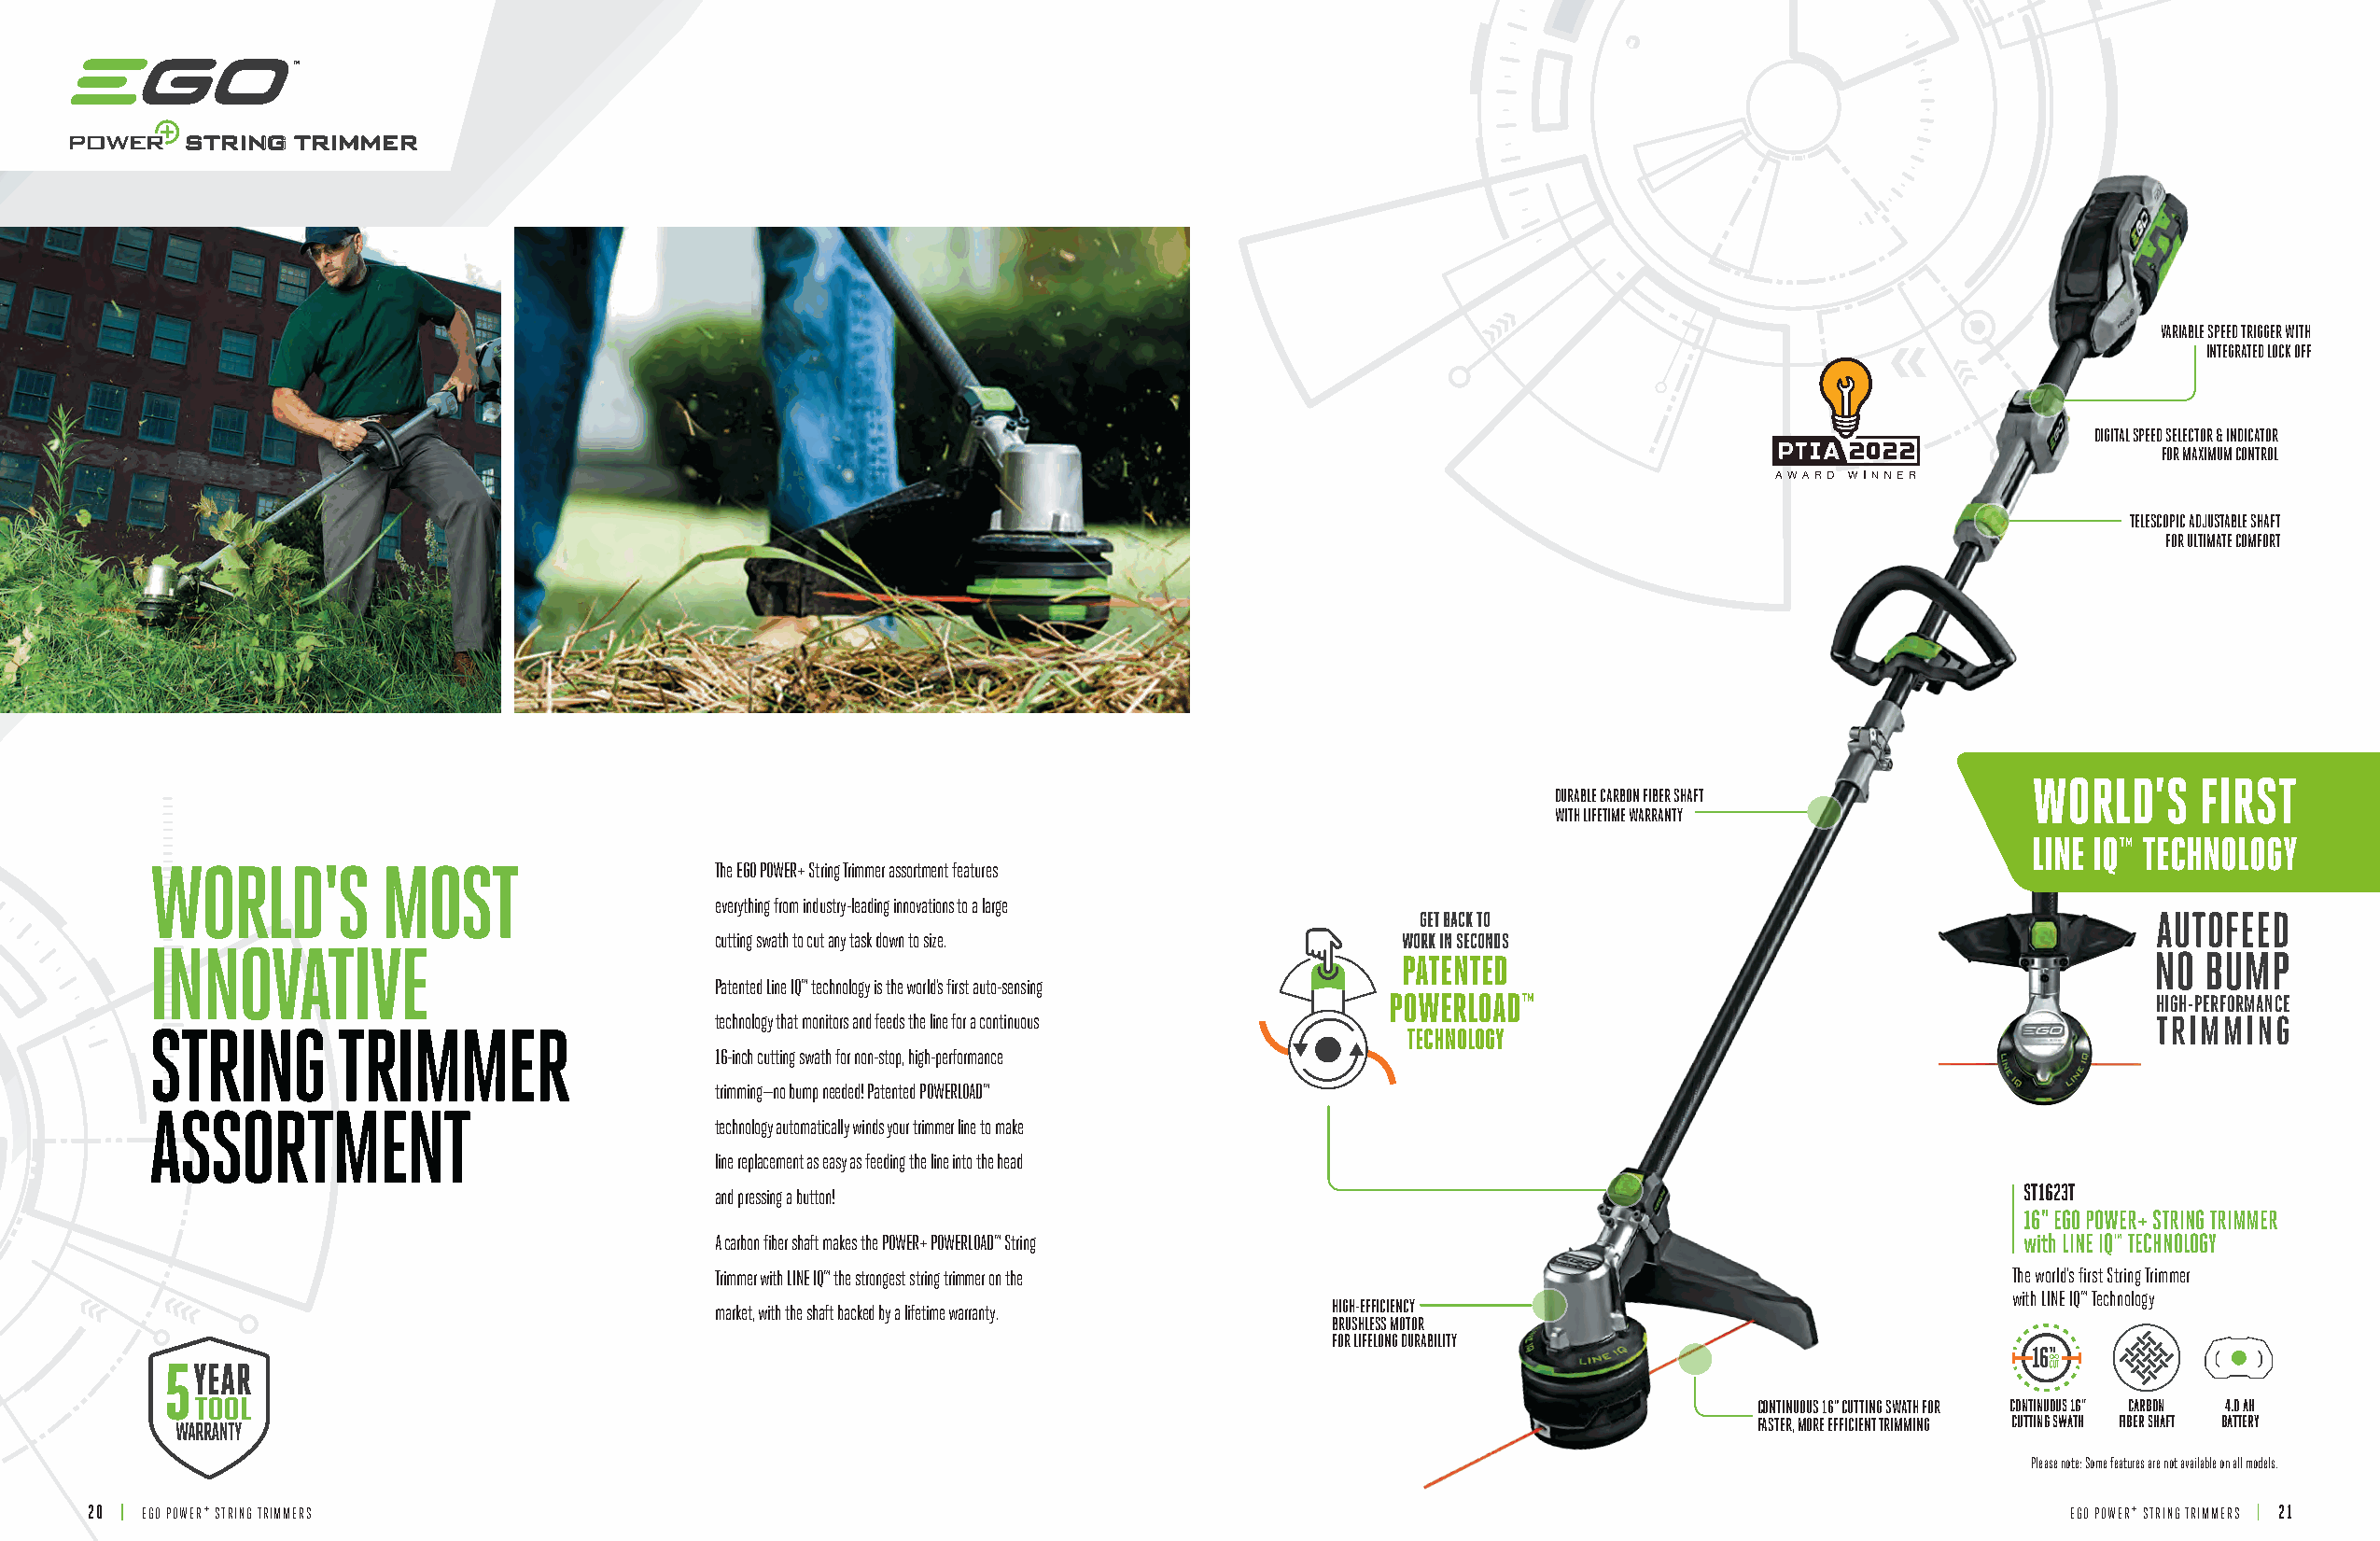
SSTTRRIINNGG TTRRIIMMMMEERR
 VARIABLE SPEED TRIGGER WITH
 INTEGRATED LOCK OFF
 DIGITAL SPEED SELECTOR & INDICATOR
 FOR MAXIMUM CONTROL
 TELESCOPIC ADJUSTABLE SHAFT
 FOR ULTIMATE COMFORT
 WORLD’S     FIRST
 DURABLE CARBON FIBER SHAFT
 WITH LIFETIME WARRANTY
 LINE IQ™ TECHNOLOGY
 WORLD'S         MOST                    The EGO POWER+ String Trimmer assortment features
 everything from industry-leading innovations to a large
 GET BACK TO
 cutting swath to cut any task down to size.     WORK IN SECONDS
 INNOVATIVE
 PATENTED
 Patented Line IQ™ technology is the world’s first auto-sensing
 POWERLOAD™                                            HIGH-PERFORMANCE
 technology that monitors and feeds the line for a continuous
 STRING       TRIMMER                                                                     TECHNOLOGY
 16-inch cutting swath for non-stop, high-performance
 trimming—no bump needed! Patented POWERLOAD™
 ASSORTMENT
 technology automatically winds your trimmer line to make
 line replacement as easy as feeding the line into the head
 and pressing a button!                                                                       ST1623T
 16" EGO POWER+ STRING TRIMMER
 A carbon fiber shaft makes the POWER+ POWERLOAD™ String                                      with LINE IQ™ TECHNOLOGY
 Trimmer with LINE IQ™ the strongest string trimmer on the                                   The world's first String Trimmer
 with LINE IQ™ Technology
 market, with the shaft backed by a lifetime warranty. HIGH-EFFICIENCY
 BRUSHLESS MOTOR
 FOR LIFELONG DURABILITY
 CONTINUOUS 16" CUTTING SWATH FOR CONTINUOUS 16" CARBON 4.0 AH
 FASTER, MORE EFFICIENT TRIMMING CUTTING SWATH FIBER SHAFT BATTERY
 Please note: Some features are not available on all models.
 20 | EGO POWER+ STRING TRIMMERS                                                                                                              EGO POWER+ STRING TRIMMERS | 21